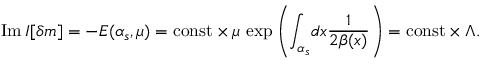
\mathrm { I m } \, I [ \delta m ] = - E ( \alpha _ { s } , \mu ) = \mathrm { c o n s t } \times \mu \, \exp \left( \int _ { \alpha _ { s } } \! d x \frac { 1 } { 2 \beta ( x ) } \right) = \mathrm { c o n s t } \times \Lambda .